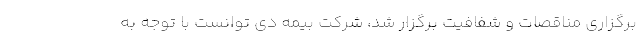
برگزاری مناقصات و شفافیت برگزار شد، شرکت بیمه دی توانست با توجه به